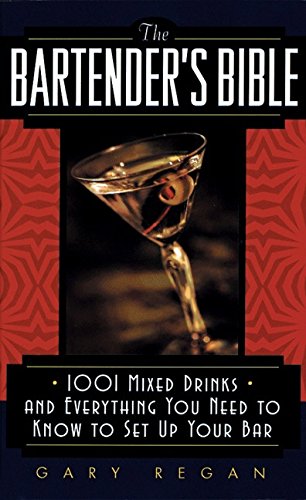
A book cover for The Bartender's Bible: 1001 Mixed Drinks and Everything You Need to Know to Set Up Your Bar; Gary Regan; Cookbooks, Food & Wine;